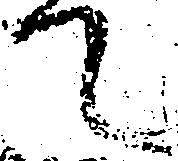
て